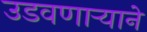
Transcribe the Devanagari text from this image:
उडवणाऱ्याने